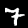
Label: 7